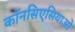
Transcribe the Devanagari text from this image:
कॉनसिएसियाओ